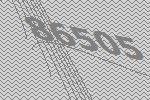
86505